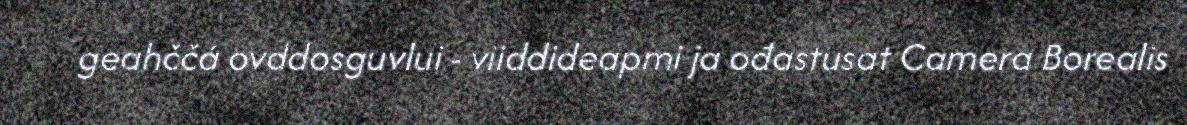
geahččá ovddosguvlui - viiddideapmi ja ođastusat Camera Borealis